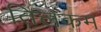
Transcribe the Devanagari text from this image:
तिलकम